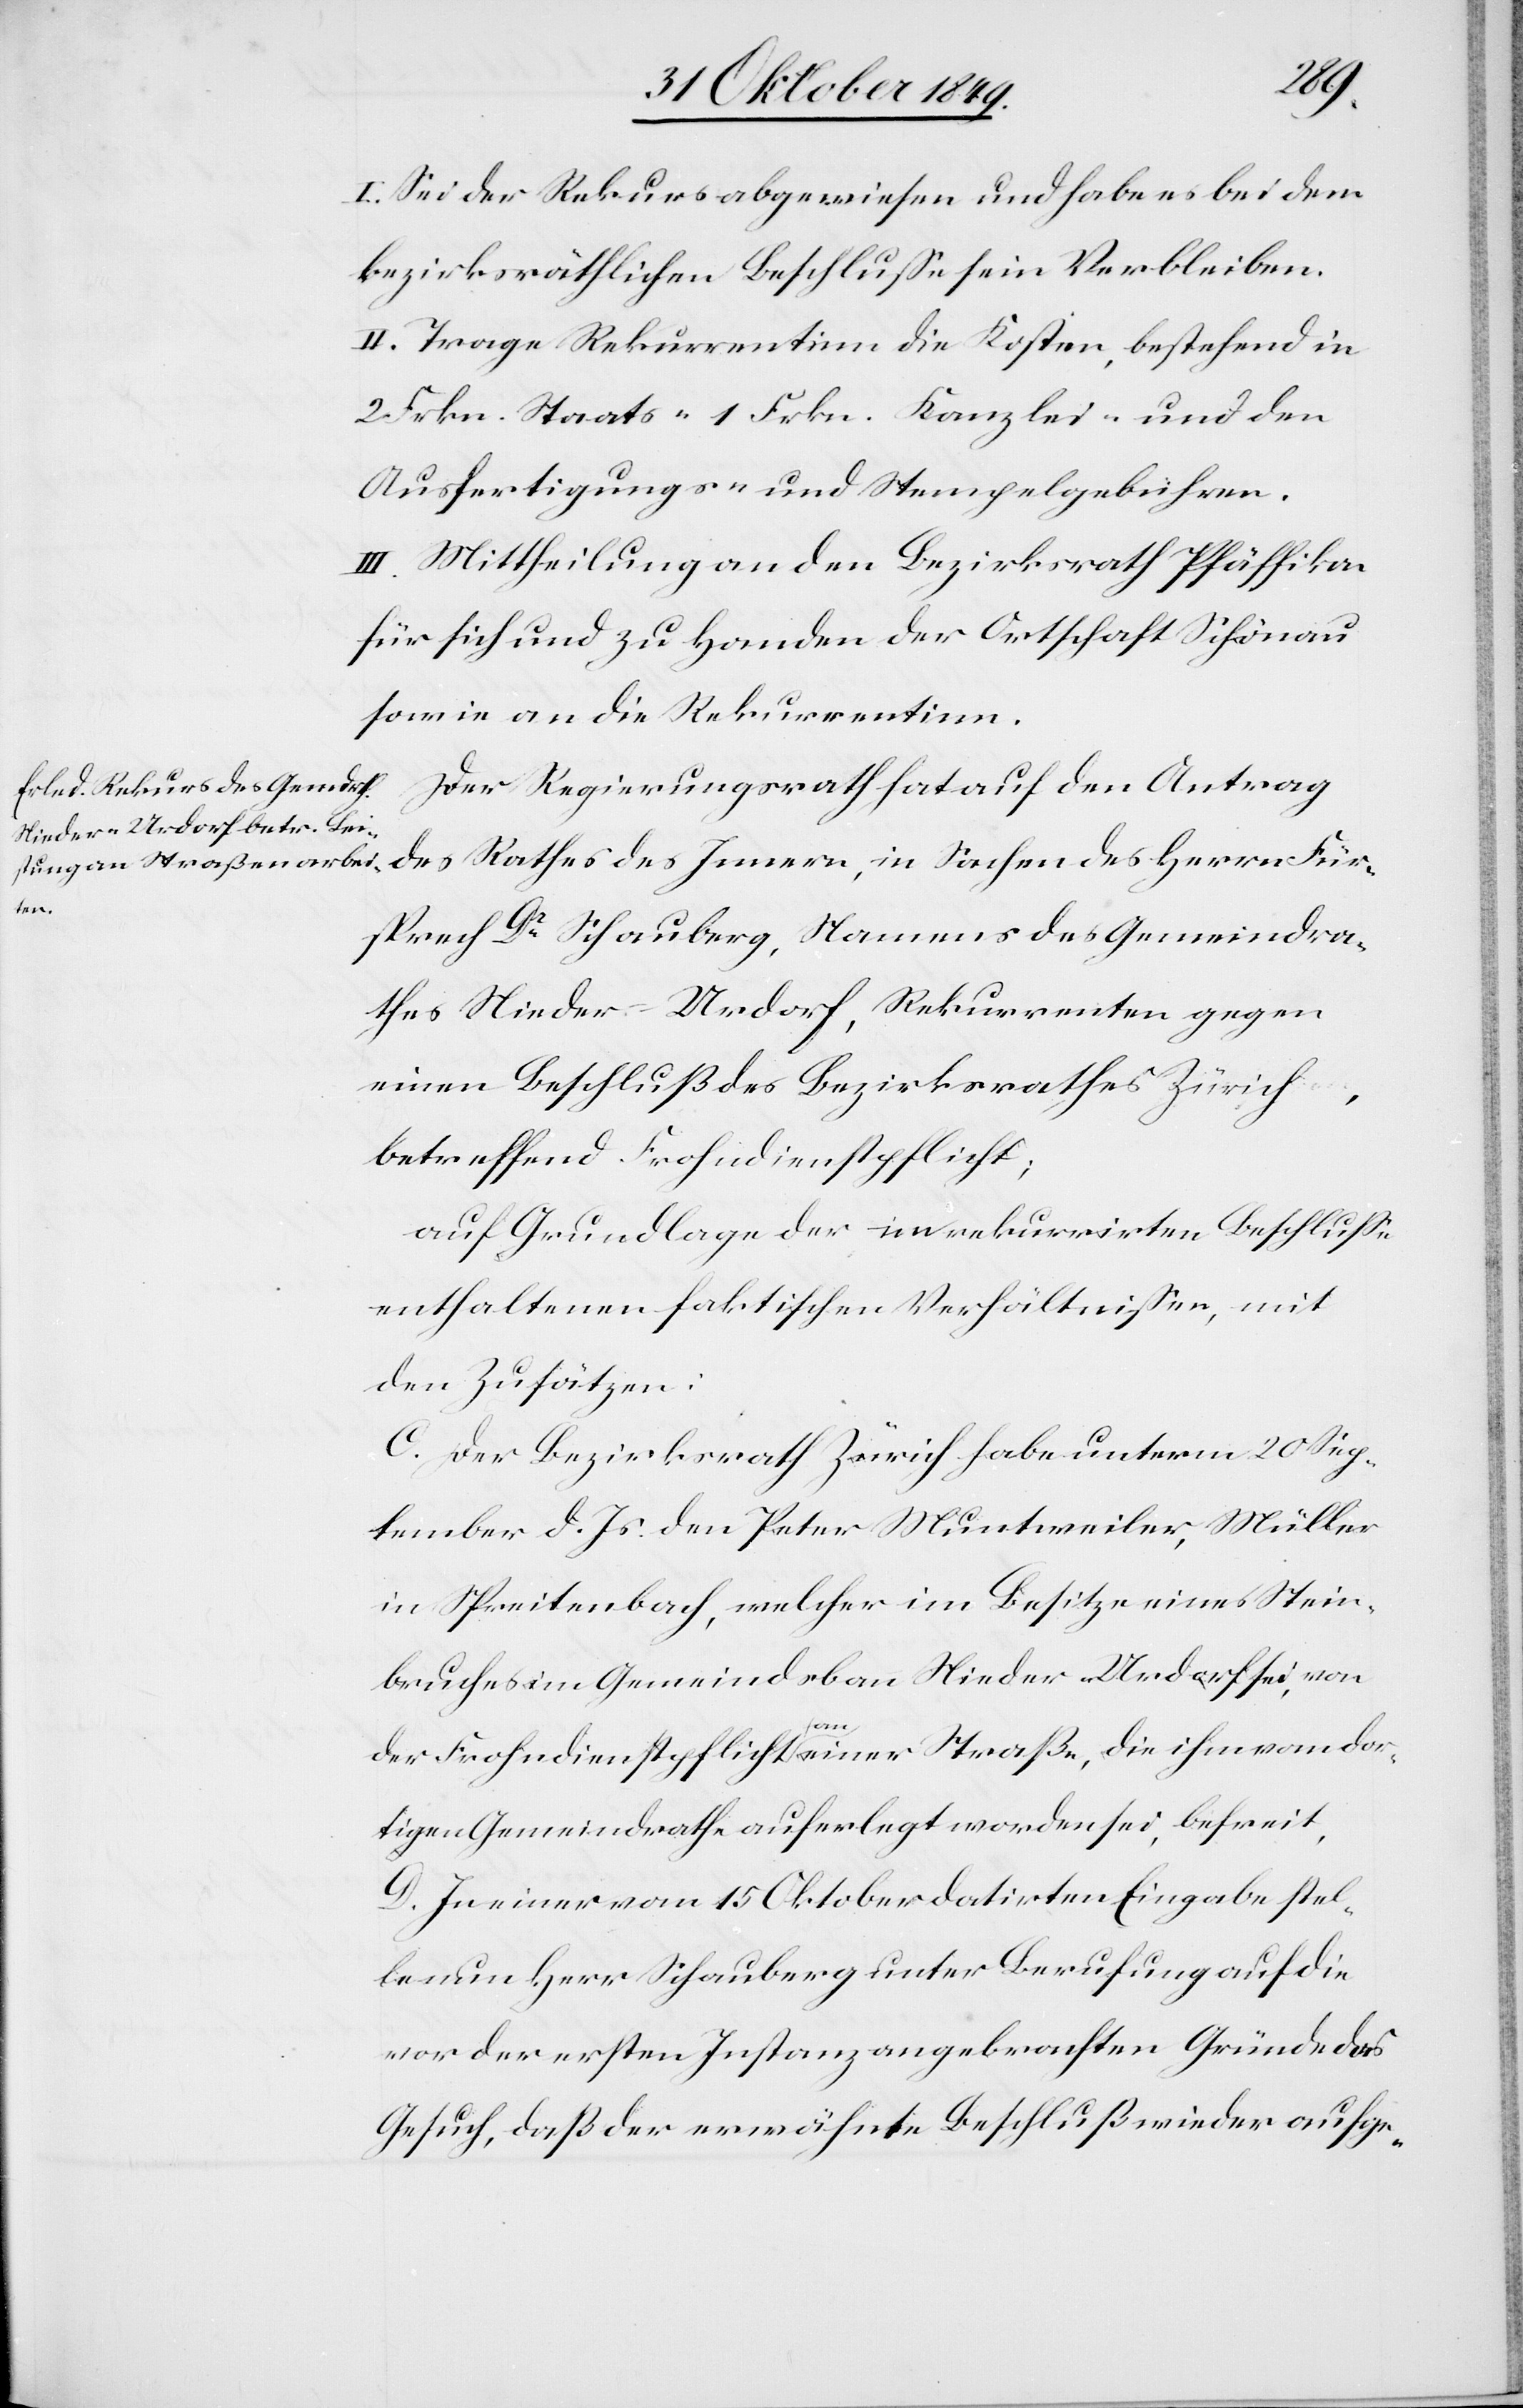
I. Sei der Rekurs abgewiesen und habe es bei dem
bezirksräthlichen Beschluße sein Verbleiben.
II. Trage Rekurrentinn die Kosten, bestehend in
2 Frkn. Staats- 1 Frkn. Kanzlei- und den
Ausfertigungs- u. Stempelgebühren.
III. Mittheilung an den Bezirksrath Pfäffikon
für sich und zu Handen der Ortschaft Schönau
sowie an die Rekurrentinn.
Der Regierungsrath hat auf den Antrag
des Rathes des Innern, in Sachen des Herrn Für¬
sprech Dr Schauberg, Namens des Gemeindra¬
thes Nieder-Urdorf, Rekurrenten gegen
einen Beschluß des Bezirksrathes Zürich,
betreffend Frohndienstpflicht;
auf Grundlage der im rekurrirten Beschluße
enthaltenen faktischen Verhältnißen, mit
den Zusätzen:
C. Der Bezirksrath Zürich habe unterm 20 Sep¬
tember d. Js. den Peter Muntweiler, Müller
in Spreitenbach, welcher im Besitz eines Stein¬
bruches im Gemeindsbann Nieder-Urdorf sei, von
der Frohndienstpflicht an seiner Straße, die ihm vom dor¬
tigen Gemeindrathe auferlegt worden sei, befreit,
D. In einer vom 15 Oktober datirten Eingabe stel¬
le nun Herr Schauberg unter Berufung auf die
vor der ersten Instanz angebrachten Gründe das
Gesuch, daß der erwähnte Beschluß wieder aufge-